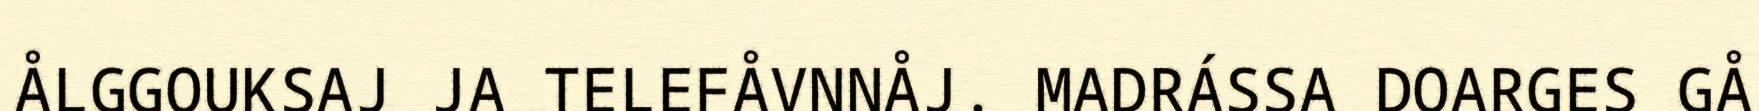
ÅLGGOUKSAJ JA TELEFÅVNNÅJ. MADRÁSSA DOARGES GÅ